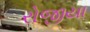
રોજીયા